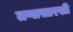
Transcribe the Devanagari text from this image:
तणासारखी